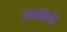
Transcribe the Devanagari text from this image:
रोमकिति